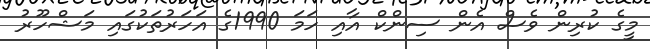
މީގެ ކުރިން ވެސް އެން ސިންކް އާއި ހަމަ 1990ގެ އަހަރުތަކުގައި މަޝްހޫރު